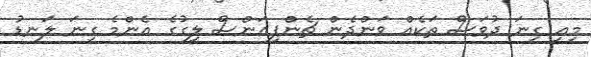
މިއީ ގިނަ ދުވަސް ތަކެއް ވަންދެން ޗެންޕިއަންސް ލީގުގެ އެންމެ ގިނަ ލަނޑު